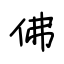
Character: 佛